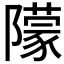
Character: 𨼿